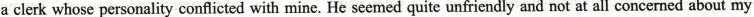
a clerk whose personality conflicted with mine. He seemed quite unfriendly and not at all concerned about my